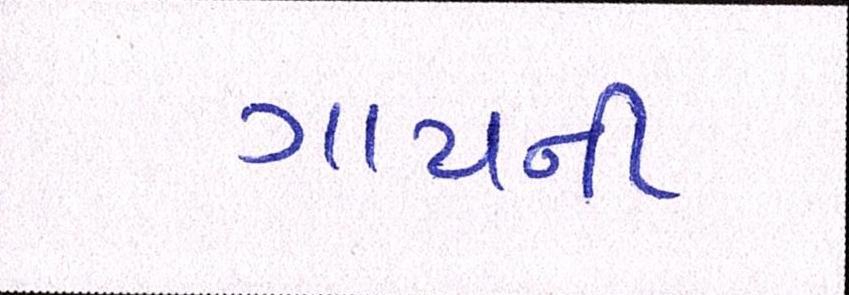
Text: ગાયની